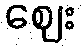
ဈေး